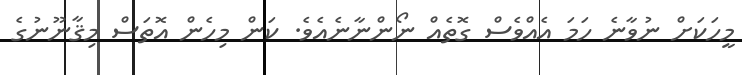
މީހަކަށް ނުވާނެ ހަމަ އެއްވެސް ގޮތެއް ނޯންނާނެއެވެ. ކަން މިހެން އޮތަސް މިޤާނޫނުގެ